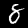
Digit: 8